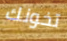
تخونك